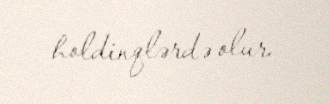
holdinqlərdə olur.